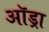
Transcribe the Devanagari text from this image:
ऑड्रा